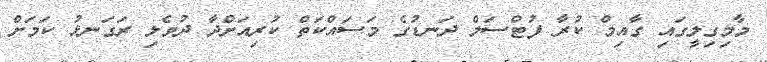
މާމިގިލީގައި ގާއިމް ކުރާ ފުޓްސަލް ދަނޑުގެ މަސައްކަތް ކުރިއަށްދާ ދުވެލި ރަގަނޅު ކަމަށް